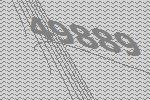
49889